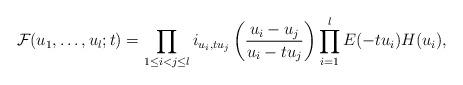
LaTeX: \begin{align*}\mathcal{F}(u_1,\dots, u_l; t)&=\prod_{1\le i<j\le l}i_{u_i, tu_j}\left(\frac{u_i-u_j}{u_i-tu_j}\right)\prod_{i=1}^{l} E(-tu_i)H(u_i),\end{align*}